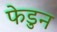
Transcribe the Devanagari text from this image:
फेडुन